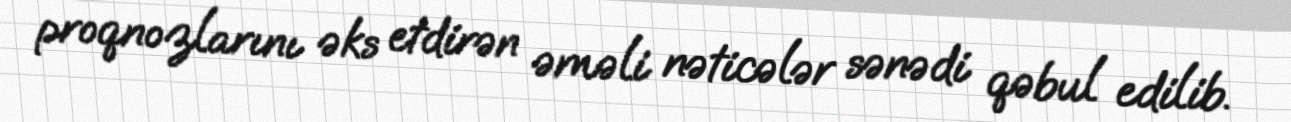
proqnozlarını əks etdirən əməli nəticələr sənədi qəbul edilib.